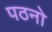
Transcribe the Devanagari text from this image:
पठनो